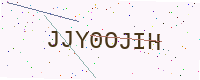
Text: JJY0OJIH